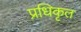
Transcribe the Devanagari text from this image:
प्रधिकृत